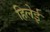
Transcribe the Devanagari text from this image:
हिलेई